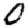
Digit: 0